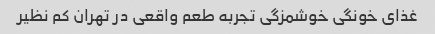
غذای خونگی خوشمزگی تجربه طعم واقعی در تهران کم نظیر